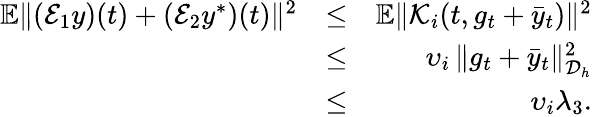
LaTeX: \begin{array}{rlr}{\mathbb{E}\| ({\cal E}_{1}y)(t)+({\cal E}_{2}y^{*})(t)\| ^{2}}&{\leq}&{\mathbb{E}\| {\cal K}_{i}(t,g_{t}+\bar{y}_{t})\| ^{2}}\\ &{\leq}&{\upsilon_{i}\, \| g_{t}+\bar{y}_{t}\| _{{\cal D}_{h}}^{2}}\\ &{\leq}&{\upsilon_{i}\lambda_{3}.}\end{array}